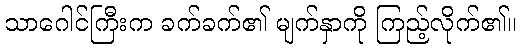
သာဂေါင်ကြီးက ခက်ခက်၏ မျက်နှာကို ကြည့်လိုက်၏။